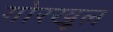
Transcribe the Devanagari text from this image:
गोरखूल